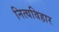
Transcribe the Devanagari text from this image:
नित्यविहार